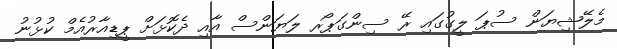
މެލޭޝިޔަން ސުޕަ ލީގުގައި ރޭ ސިންގަޕޯރ ލަޔަންސް އާއި ދެކޮޅަށް ޕީޑިއާރުއެމް ކުޅުނު